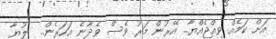
އަށް ކަމެއް ވިއްޖެއްޔާ.. އޭރުން މަރު ވެސް ވެދާނެ އަހަރެން..  ލުޔާ